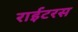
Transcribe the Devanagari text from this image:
राईटरस